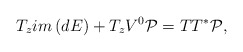
\begin{align*}T_{z}im\left( dE\right) +T_{z}V^{0}\mathcal{P}=TT^{\ast}\mathcal{P}, \end{align*}